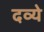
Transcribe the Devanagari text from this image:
दव्ये